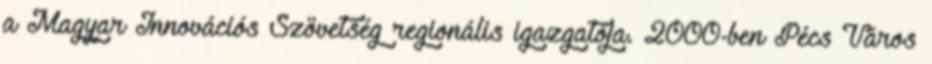
a Magyar Innovációs Szövetség regionális igazgatója. 2000-ben Pécs Város